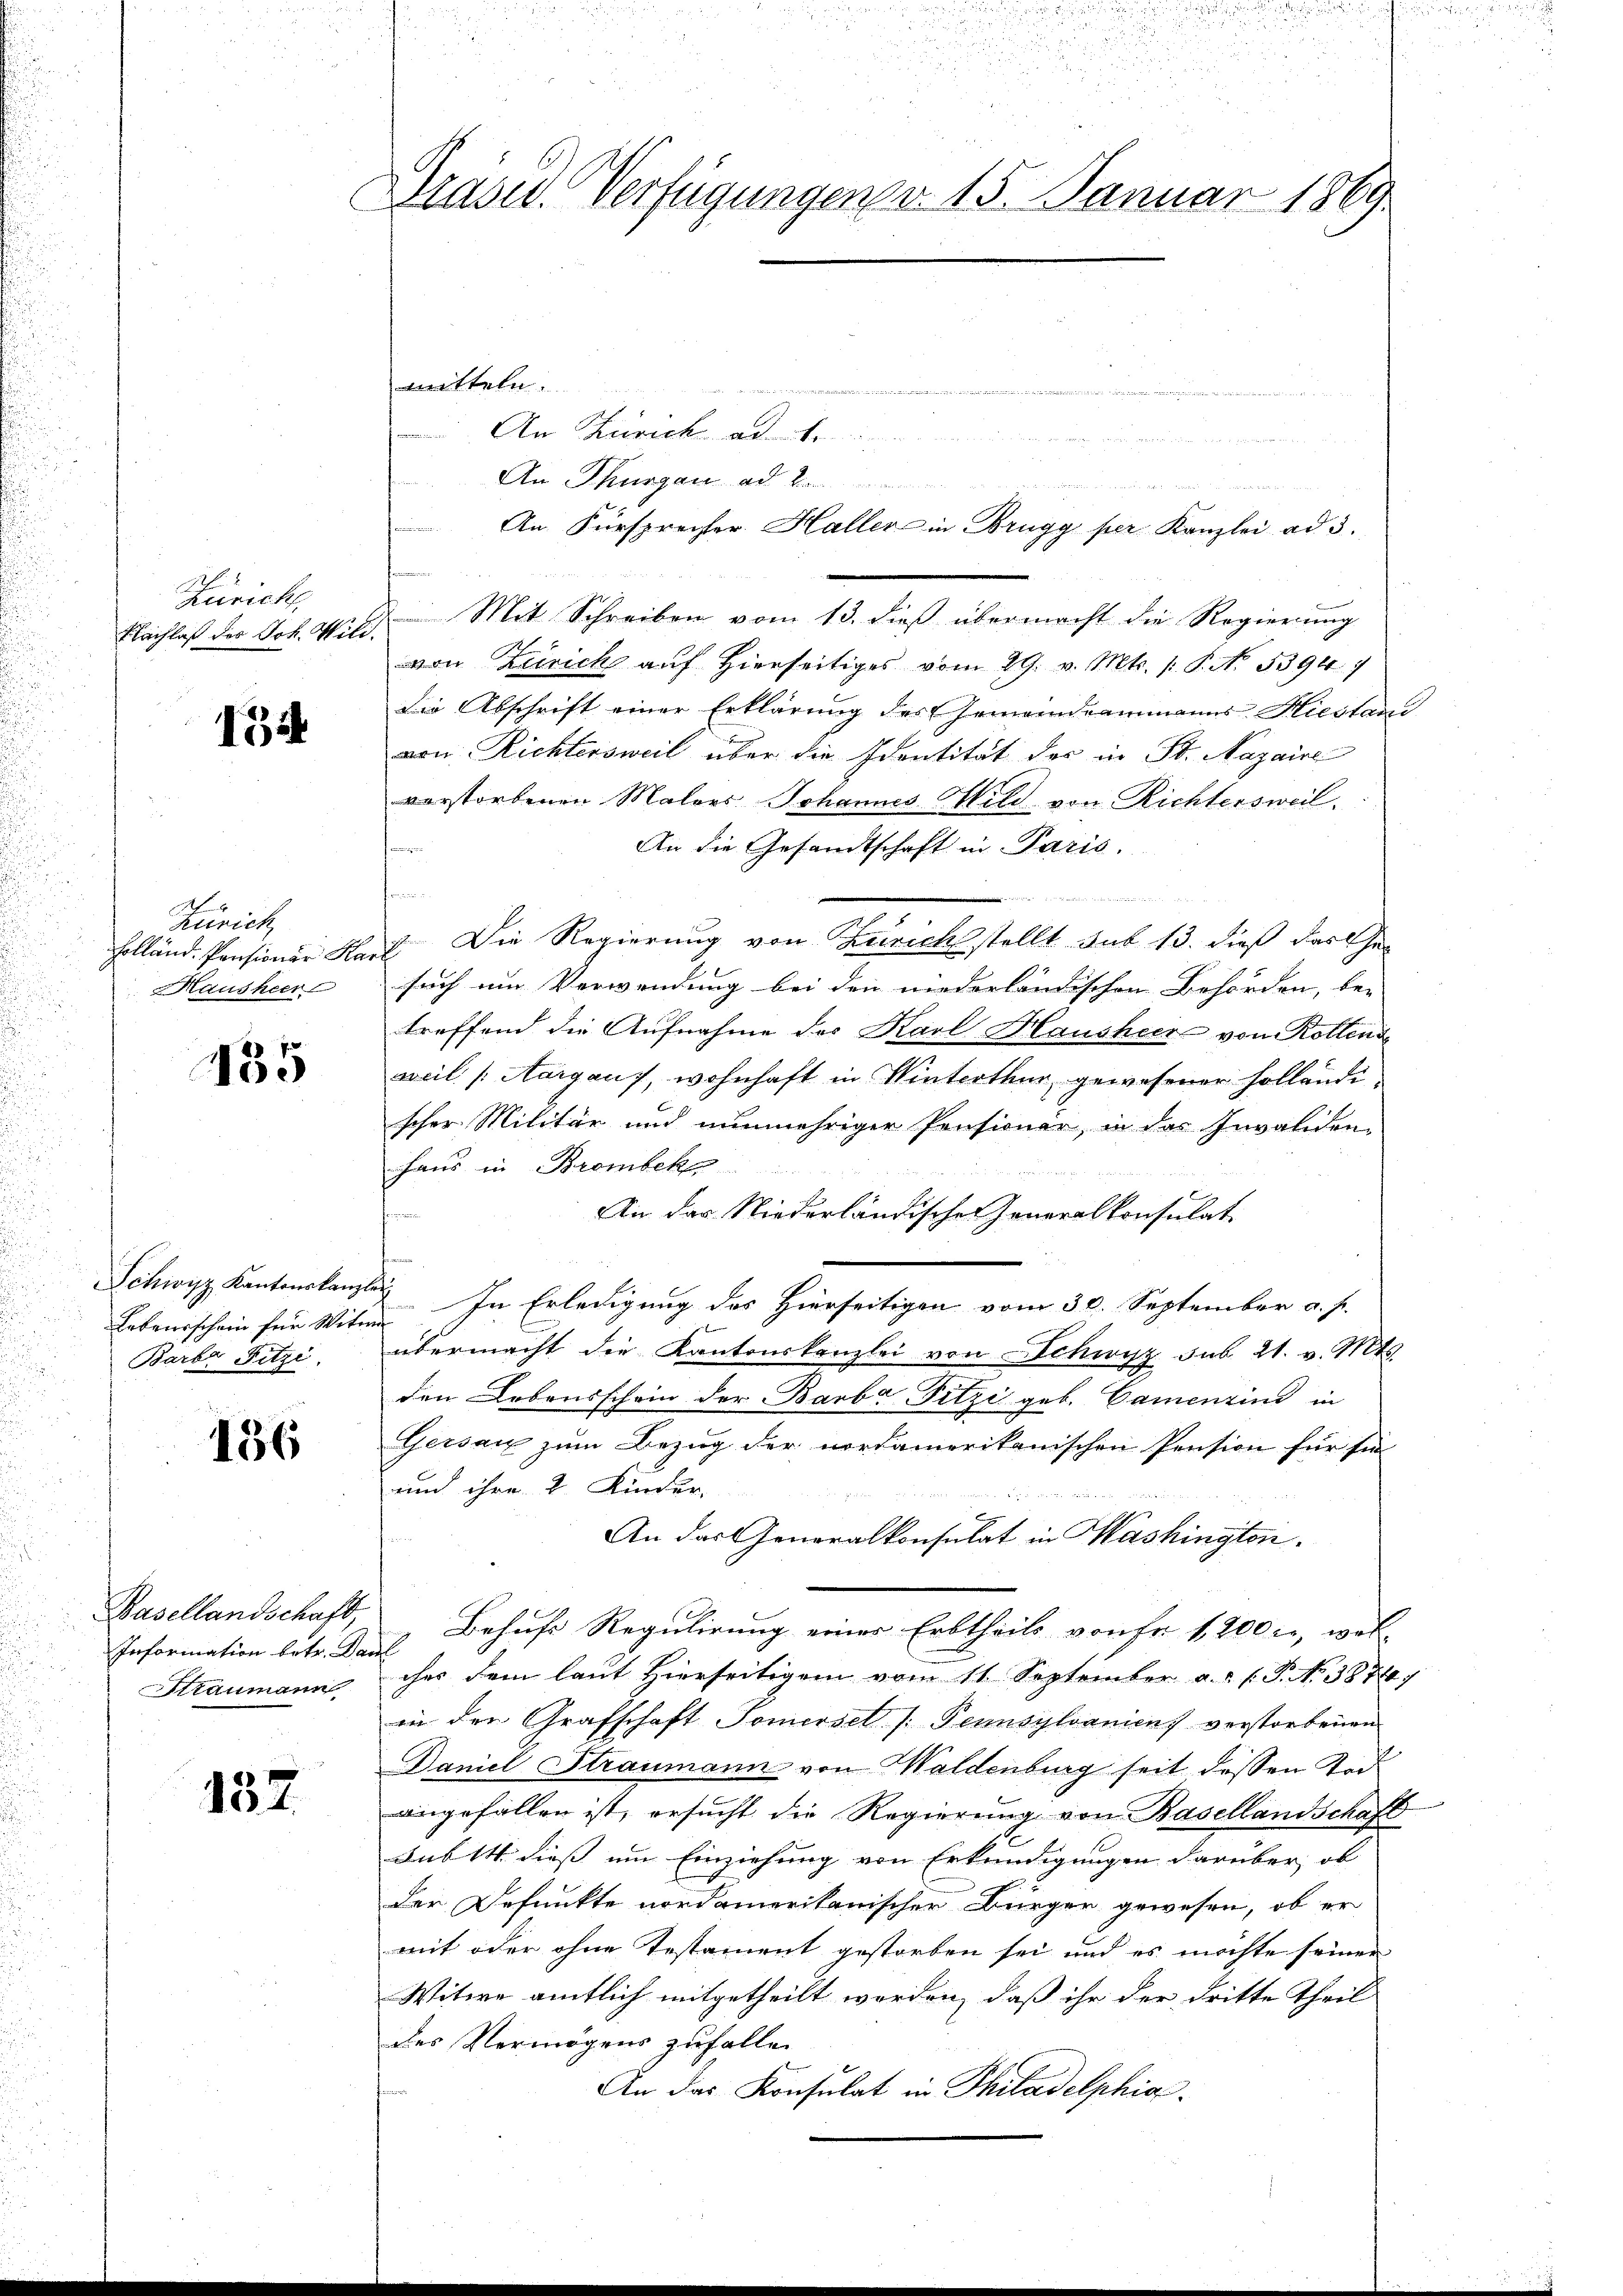
Zürich,
Nachlaß des Joh. Wili.

42

Zürich
Holländ. Pensioner Karl
Hausheer

435

Lebensschein für Witt
Barer Fitzi,

136

Basellandschaft,
Information betr. Da
Straumann

152.

Präsid. Verfügungen v. 15. Januar 1869

mitteln

An Künick ad 1.
An Thurgau ad
.
 Mit Schreiben vom 13. dieß übermacht die Regierung
von Zürich auf Hierseitiges vom 29. v. Mts. /: P. N. 5396. 7
Die Abschrift einer Erklärung des Gemeindeammanns Hiestand
von Richtersweil über die Identität der in St. Nazaire
vorstorbenen Malors Johannes Wild von Richtersweil.
An die Gesandtschaft in Paris.
f

Die Regierung von Zürich stellt sub 13. dieß das Ge-
fach um Verwendung bei den niederländischen Behörden, bei
treffend die Aufnahme des Karl Hausheer von Rollende
weil (Aargaus, wohnhaft in Winterthur gewesener Holländi
scher Militär und nunmehriger Pensionen, in der Invalidon-
haus in Brombekt
An das Niederländischen Generalkonsulat
Schwyz, Kantonskanzler In Erledigung des Hierseitigen vom 30. September a. f.
f
übermacht die Kantonskanzlei von Schwyz sub. 21. v. Mts.
den Lebensschein der Barba Fitzi geb. Camenzind in
Gersau zum Bezug der nordamerikanischen Pension für sie
und ihre 2 Kinder-

An das Generalkonsulat in Washington.
Behufs Regulirung einer Erbtheils von fr. 1200 l., wel-
i
ches dem laut Hierseitigem vom 11. September a.c. s. P. Nr. 3876;
in den Grafschaft Tomerset [Pennsylvanien verstorbenen
Daniel Straumann von Waldenburg seit dessen Tod
angefallen ist, ersucht die Regierung von Basellandschaft
sub 14. dieß um Einziehung von Erkundigungen darüber, ob
der Defunkte nordamerikanischer Bürger gewesen, ob er
mit oder ohne Testament gestorben sei und es möchte seiner
Witwe amtlich mitgetheilt werden, daß ihr der dritte Theil
des Vermögens zufallen
An das Konsulat in Thiladelphia

An Fürsprecher Haller in Brugg per Kanzlei ad 3.